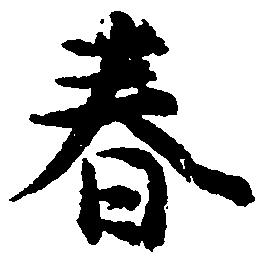
春